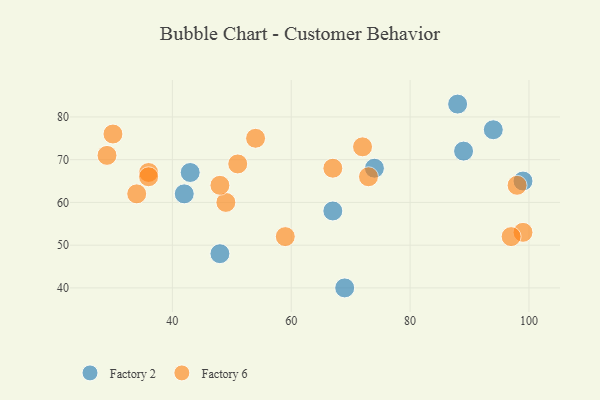
{"axis": {"x": "GDP", "y": "Life Expectancy"}, "legend": ["Factory 2", "Factory 6"], "data": [{"x": "48", "y": 48, "type": "Factory 2"}, {"x": "74", "y": 68, "type": "Factory 2"}, {"x": "67", "y": 58, "type": "Factory 2"}, {"x": "88", "y": 83, "type": "Factory 2"}, {"x": "42", "y": 62, "type": "Factory 2"}, {"x": "89", "y": 72, "type": "Factory 2"}, {"x": "94", "y": 77, "type": "Factory 2"}, {"x": "69", "y": 40, "type": "Factory 2"}, {"x": "43", "y": 67, "type": "Factory 2"}, {"x": "99", "y": 65, "type": "Factory 2"}, {"x": "30", "y": 76, "type": "Factory 6"}, {"x": "36", "y": 67, "type": "Factory 6"}, {"x": "72", "y": 73, "type": "Factory 6"}, {"x": "73", "y": 66, "type": "Factory 6"}, {"x": "36", "y": 66, "type": "Factory 6"}, {"x": "99", "y": 53, "type": "Factory 6"}, {"x": "67", "y": 68, "type": "Factory 6"}, {"x": "49", "y": 60, "type": "Factory 6"}, {"x": "59", "y": 52, "type": "Factory 6"}, {"x": "48", "y": 64, "type": "Factory 6"}, {"x": "51", "y": 69, "type": "Factory 6"}, {"x": "29", "y": 71, "type": "Factory 6"}, {"x": "34", "y": 62, "type": "Factory 6"}, {"x": "54", "y": 75, "type": "Factory 6"}, {"x": "98", "y": 64, "type": "Factory 6"}, {"x": "97", "y": 52, "type": "Factory 6"}]}